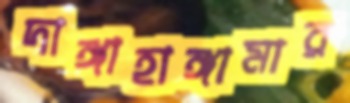
দাঙ্গাহাঙ্গামার